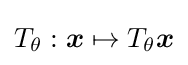
T_{\theta }:{\boldsymbol {x}}\mapsto T_{\theta }{\boldsymbol {x}}